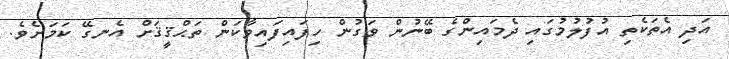
އަދި އެތަކެތި އުފުލުމުގައި ދެމައިންގެ ބޭނުން ވަގުން ހިފައިފައިވާކަން ތަޙްޤީޤަށް އެނގޭ ކަމަށެވެ.